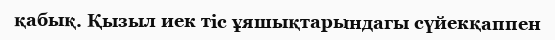
қабық. Қызыл иек тіс ұяшықтарындагы сүйекқаппен